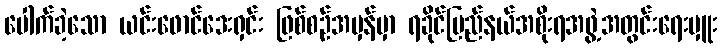
ပေါက်ခဲ့သော ယင်းဖောင်ဒေးရှင်း ဖြစ်စဉ်အမှန်မှာ ရခိုင်ပြည်နယ်အစိုးရအဖွဲ့အတွင်းရေးမှူး